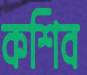
কশিব